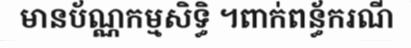
មានប័ណ្ណកម្មសិទ្ធិ ។ពាក់ពន្ធ័ករណី